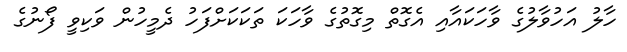
ހާލު އަހުވާލުގެ ވާހަކައާއި އެގޮތް މިގޮތުގެ ވާހަކަ ތަކަކަށްފަހު ދެމީހުން ވަކިވީ ފޯނުގެ